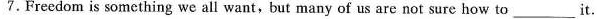
7. Freedom is something we all want,but many of us are not sure how to ___ it.